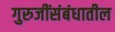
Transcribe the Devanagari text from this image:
गुरुजींसंबंधातील